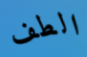
الطف